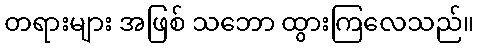
တရားများ အဖြစ် သဘော ထွားကြလေသည်။